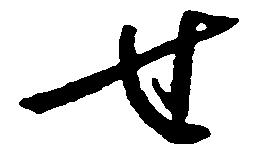
せ